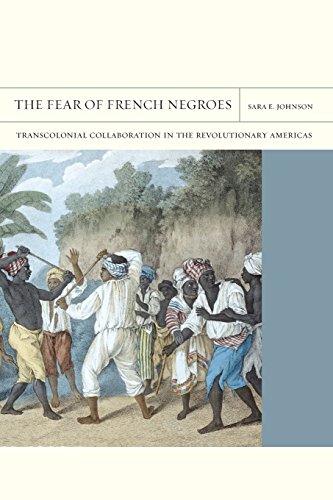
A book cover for The Fear of French Negroes: Transcolonial Collaboration in the Revolutionary Americas (FlashPoints); Sara E. Johnson; Literature & Fiction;